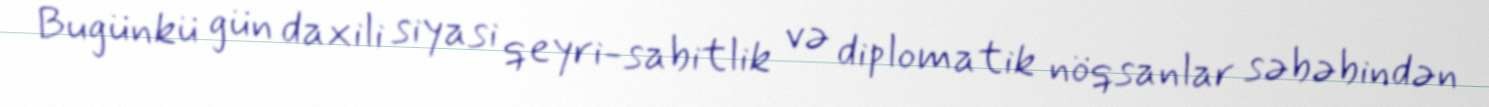
Bugünkü gün daxili siyasi qeyri-sabitlik və diplomatik nöqsanlar səbəbindən